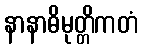
နာနာဓိမုတ္တိကတံ